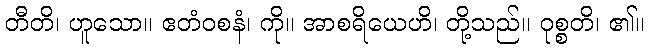
တီတိ၊ ဟူသော။ ဧတံဝစနံ၊ ကို။ အာစရိယေဟိ၊ တို့သည်။ ဝုစ္စတိ၊ ၏။